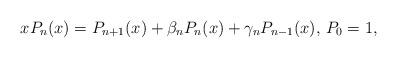
LaTeX: \begin{align*}xP_{n}(x)=P_{n+1}(x)+\beta_nP_{n}(x)+\gamma_nP_{n-1}(x),\, P_0=1,\end{align*}